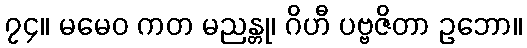
၇၄။ မမေဝ ကတ မညန္တု၊ ဂိဟီ ပဗ္ဗဇိတာ ဥဘော။